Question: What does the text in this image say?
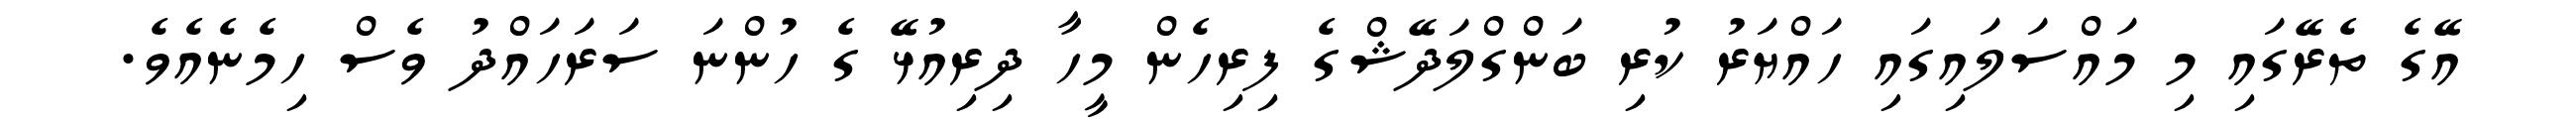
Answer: އޭގެ ތެރޭގައި މި މައްސަލައިގައި ހައްޔަރު ކުރި ބަންގްލަދޭޝްގެ ފިރިހެން މީހާ ދިރިއުޅޭ ގެ ހުންނަ ސަރަހައްދު ވެސް ހިމެނެއެވެ.